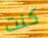
كنت